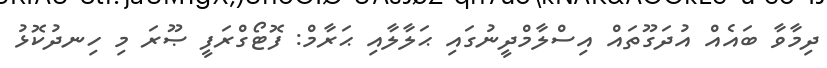
ދިމާވާ ބައެއް އުދަގޫތައް އިސްލާމްދީނުގައި ޙަލާލާއި ޙަރާމް: ފޮޓޯގްރަފީ ޞޫރަ މި ހިނދުކޮޅު